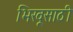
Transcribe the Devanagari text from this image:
भिखूसाठी